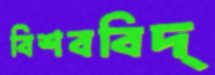
বিশববিদ্